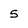
Character: 5